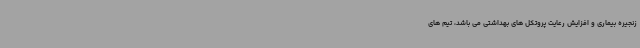
زنجیره بیماری و افزایش رعایت پروتکل های بهداشتی می باشد، تیم های